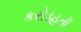
કરોડહતી